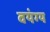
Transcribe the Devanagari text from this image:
वयंग्य